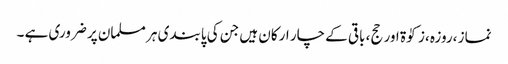
نماز ،روزہ ،زکوٰۃ اور حج، باقی کے چار ارکان ہیں جن کی پابندی ہر مسلمان پر ضروری ہے ۔